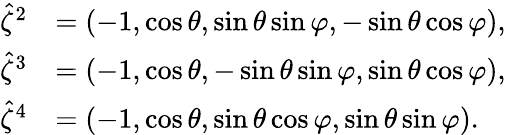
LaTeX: \begin{array}{rl}{\hat{\zeta}^{2}}&{=(-1,\cos\theta,\sin\theta\sin\varphi,-\sin\theta\cos\varphi),}\\ {\hat{\zeta}^{3}}&{=(-1,\cos\theta,-\sin\theta\sin\varphi,\sin\theta\cos\varphi),}\\ {\hat{\zeta}^{4}}&{=(-1,\cos\theta,\sin\theta\cos\varphi,\sin\theta\sin\varphi).}\end{array}